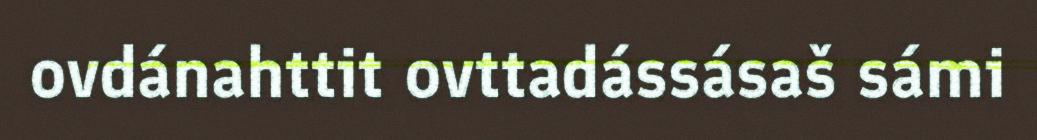
ovdánahttit ovttadássásaš sámi